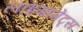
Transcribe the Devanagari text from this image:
लाइगामेंट्स